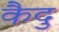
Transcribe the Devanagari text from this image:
कैदु